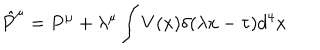
{ \hat { P } } ^ { \mu } = P ^ { \mu } + \lambda ^ { \mu } \int V ( x ) \delta ( \lambda x - \tau ) d ^ { 4 } x